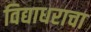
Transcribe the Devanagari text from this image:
विद्याधराचा